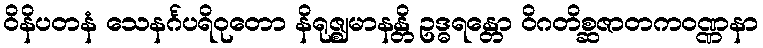
ဝိနိပတနံ သေနင်္ဂပရိဝုတော နိရုဇ္ဈမာနန္တိ ဥဒ္ဓရန္တော ဝိဂတိစ္ဆဇာတကဝဏ္ဏနာ